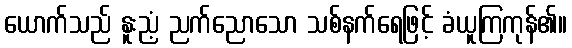
ယောက်သည် နူးညံ့ ညက်ညောသော သစ်နက်ရေဖြင့် ခံယူကြကုန်၏။